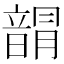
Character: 𩐯